Lunatic asylums Punjab 1868-1880 - 1868-1880
Year: 1868
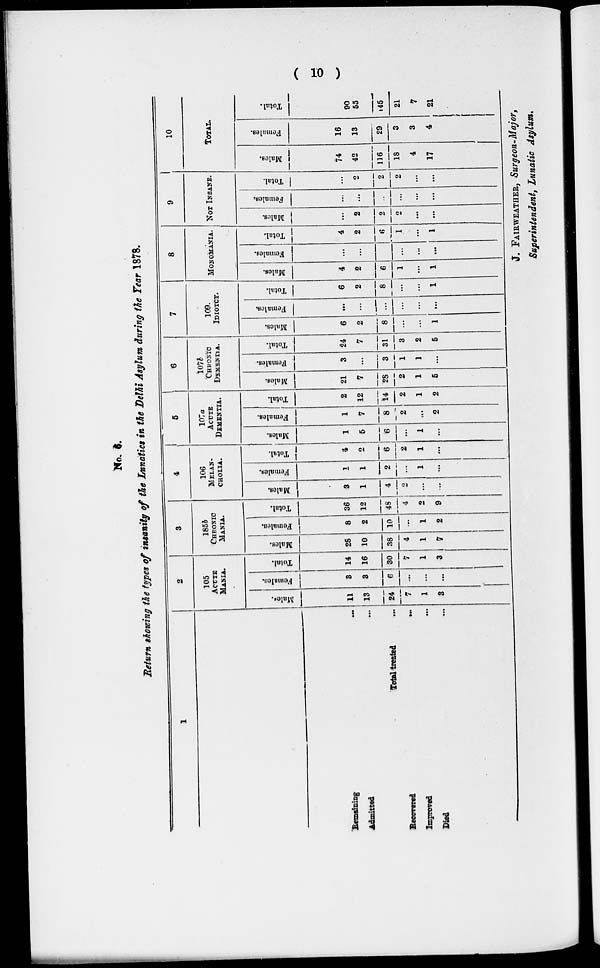
( 10 )
No. 6
Return showing the types of insanity of the Lunatics in the Delhi Asylum during the Tear 1878.
1
Remaining ...
Admitted
...
Total treated ...
Recovered
...
Improved
...
Died ...
2
105
ACUTE
MANIA.
Males.
11
13
24
7
1
3
Females.
3
3
6
...
...
...
Total.
14
16
30
7
1
3
3
185b
CHEONIC
MANIA.
Males.
28
10
38
4
1
7
Females.
8
2
10
...
1
2
Total.
36
12
48
4
2
9
4
106
MELAN-
------.
Males.
3
1
4
2
...
...
Females.
1
1
2
...
1
...
Total.
4
2
6
2
1
...
5
107a
ACUTE
DEMENTIA.
Males.
1
5
6
...
1
...
Females.
1
7
8
2
...
2
Total.
2
12
14
2
1
2
6
107b
CHRONIC
DEMENTIA.
Males.
21
7
28
2
1
5
Females.
3
...
3
1
1
...
Total.
24
7
31
3
2
5
7
109.
IDIOTCY.
Males.
6
2
8
...
...
1
Females.
...
...
...
...
...
...
Total.
6
2
8
...
...
1
8
MONOMANIA.
Males.
4
2
6
1
...
1
Females.
...
...
...
...
...
Total.
4
2
6
1
...
1
9
NOT INSANE.
Males.
...
2
2
2
...
...
Females.
...
...
...
...
...
...
Total.
...
...
2
2
...
...
10
TOTAL.
Males.
74
42
116
18
4
17
Females.
16
13
29
3
3
4
Total.
90
55
145
21
7
21
J. FAIRWEATHER, Surgeon-Major,
Superintendent, Lunatic Asylum.